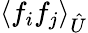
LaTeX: \langle{f_{i}}{f_{j}}\rangle_{\hat{U}}